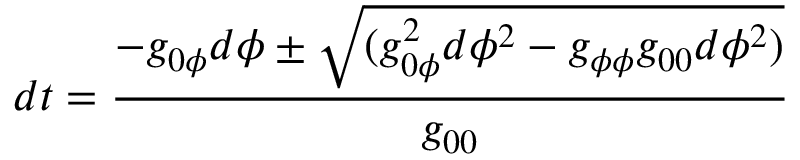
d t = \frac { - g _ { 0 \phi } d \phi \pm \sqrt { ( g _ { 0 \phi } ^ { 2 } d \phi ^ { 2 } - g _ { \phi \phi } g _ { 0 0 } d \phi ^ { 2 } ) } } { g _ { 0 0 } }